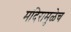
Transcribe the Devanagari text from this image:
मंदिरामुळेच